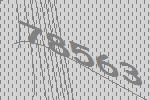
78563